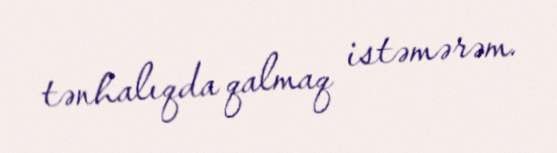
tənhalıqda qalmaq istəmərəm.